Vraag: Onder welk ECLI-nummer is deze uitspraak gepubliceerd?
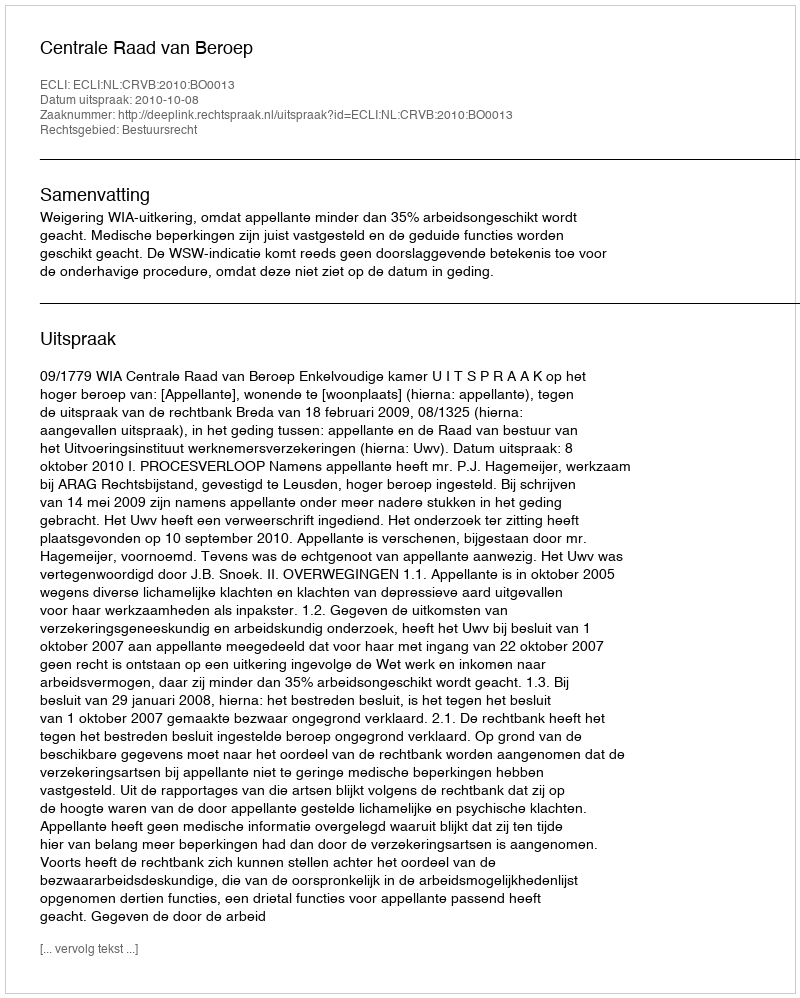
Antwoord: ECLI:NL:CRVB:2010:BO0013